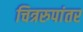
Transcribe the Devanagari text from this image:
चित्ररुपांतर